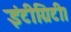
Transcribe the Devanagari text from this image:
इंटीग्रिटी।